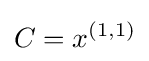
C=x^{(1,1)}